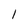
Character: 1